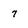
Character: 7